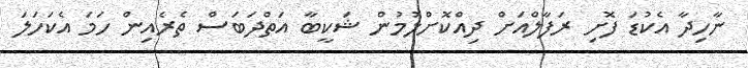
ނާހިދާ އެކުޑަ ފޮށި ރަފާލްއަށް ދިއްކޮށްލުމުން ޝަކީބާ އަތްދަބަސް ތެރެއިން ހަމަ އެކަހަލަ